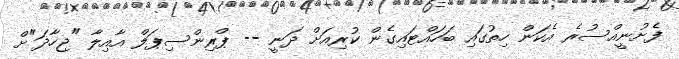
ފެށުނީއްސުރެ އެކަން ހިތުގައި ބަހައްޓައިގެން ކުރިއަށް ދަނީ -- ޕްރިންސިޕަލް އާއިލާ "ޖިހާދަ"ށް